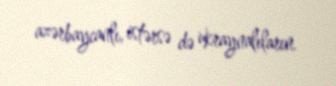
azərbaycanlı, istərsə də ukraynalıların.